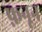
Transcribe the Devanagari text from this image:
फ़नून